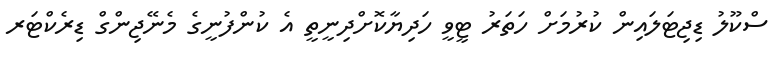
ސްކޫލު ޑިޖިޓަލައިން ކުރުމަށް ހަތަރު ޓީވީ ހަދިޔާކޮށްދިނީތީ އެ ކުންފުނީގެ މެނޭޖިންގް ޑިރެކްޓަރ